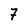
Character: 7